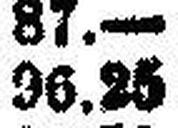
96.25